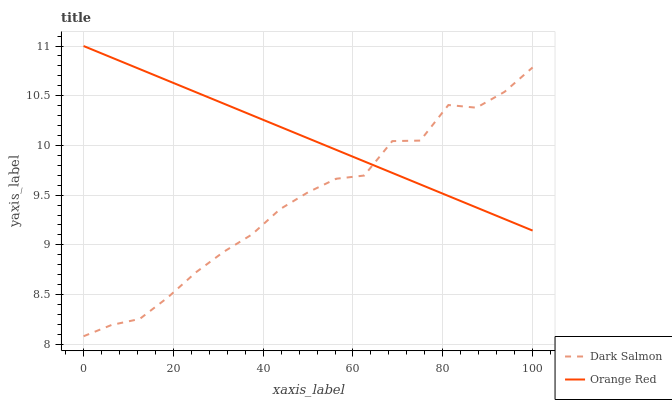
| xaxis_label | Dark Salmon | Orange Red |
 | --- | --- | --- |
 | 0 | 8.08 | 11 |
 | 6.25 | 8.19 | 10.9 |
 | 12.5 | 8.25 | 10.8 |
 | 18.8 | 8.47 | 10.7 |
 | 25 | 8.72 | 10.5 |
 | 31.2 | 8.93 | 10.4 |
 | 37.5 | 9.1 | 10.3 |
 | 43.8 | 9.36 | 10.2 |
 | 50 | 9.53 | 10.1 |
 | 56.2 | 9.66 | 9.96 |
 | 62.5 | 9.7 | 9.84 |
 | 68.8 | 10 | 9.72 |
 | 75 | 10 | 9.61 |
 | 81.2 | 10.4 | 9.49 |
 | 87.5 | 10.4 | 9.38 |
 | 93.8 | 10.5 | 9.26 |
 | 100 | 10.8 | 9.14 |